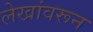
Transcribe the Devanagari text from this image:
लेखांवरून